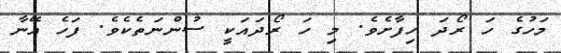
މަހުގެ ހަ ރޯދަ ހިފާށެވެ. މި ހަ ރޯދައަކީ ސުންނަތެކެވެ. ފަހެ އޭނާ